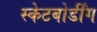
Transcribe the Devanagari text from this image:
स्केटबोर्डींग